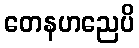
တေနဟညေပိ